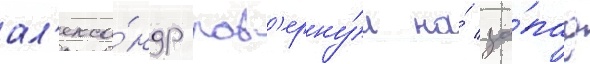
ал'екса́ндр пов'ерну́л на́ за́пад